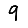
Digit: 9